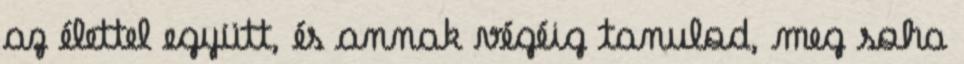
az élettel együtt, és annak végéig tanulod, meg soha